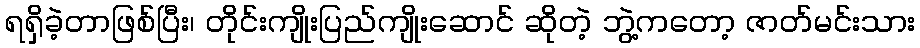
ရရှိခဲ့တာဖြစ်ပြီး၊ တိုင်းကျိုးပြည်ကျိုးဆောင် ဆိုတဲ့ ဘွဲ့ကတော့ ဇာတ်မင်းသား